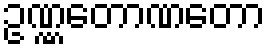
ဥဏ္ဏတောဏတော